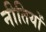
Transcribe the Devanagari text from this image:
नीतियों